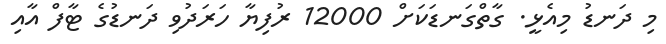
މި ދަނޑު މިއެޅީ. ގާތްގަނޑަކަށް 12000 ރުފިޔާ ހަރަދުވި ދަނޑުގެ ޓާފް އާއި